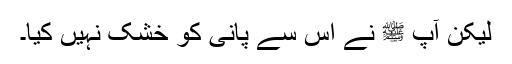
لیکن آپ ﷺ نے اس سے پانی کو خشک نہیں کیا۔